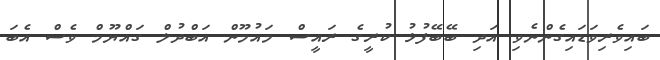
ބައިވެރިވަޑައިގެންނެވި އަދި ބޭބޭފުޅު ކުރީގެ ރައީސް މައުމޫން އަބްދުލް ގައްޔޫމް ވެސް އެބަ